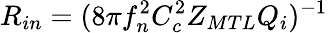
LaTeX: R_{in}=(8\pi f_{n}^{2}C_{c}^{2}Z_{MTL}Q_{i})^{-1}